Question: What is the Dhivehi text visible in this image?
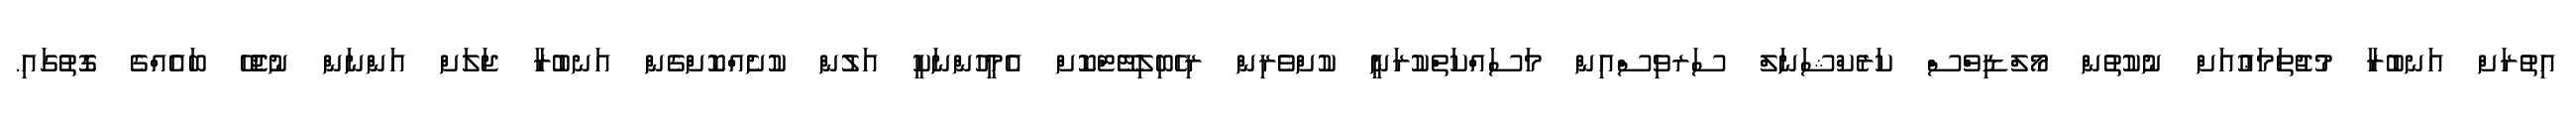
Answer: އިތުރަށް އަނބުރާ މުޖުތަމަޢުއަށް ނުކުތުން މޯލްޑިވްސް ކަރެކްޝަނަލް ސަރވިސްއިން މަސައްކަތްކުރަނީ ކުށްވެރިން ރިހެބިލިޓޭޓްކޮށް އެމީހުންނަކީ އަލުން ކުށެއްކޮށްގެން އަނބުރާ ޖަލަށް އަންނަން ނުޖެހޭ ބައެއްގެ ގޮތުގައި.